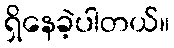
ရှိနေခဲ့ပါတယ်။